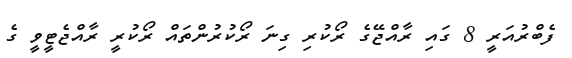
ފެބްރުއަރީ 8 ގައި ރާއްޖޭގެ ރޯކުރި ގިނަ ރޯކުރުންތައް ރޯކުރީ ރާއްޖެޓީވީ ގެ